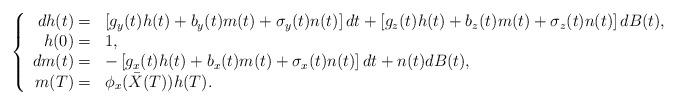
LaTeX: \begin{align*}\left\{\begin{array}[c]{rl}dh(t)= & \left[ g_{y}(t)h(t)+b_{y}(t)m(t)+\sigma_{y}(t)n(t)\right]dt+\left[ g_{z}(t)h(t)+b_{z}(t)m(t)+\sigma_{z}(t)n(t)\right] dB(t),\\h(0)= & 1,\\dm(t)= & -\left[ g_{x}(t)h(t)+b_{x}(t)m(t)+\sigma_{x}(t)n(t)\right]dt+n(t)dB(t),\\m(T)= & \phi_{x}(\bar{X}(T))h(T).\end{array}\right.\end{align*}